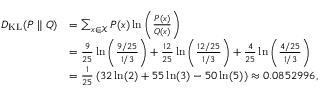
{ \begin{array} { r l } { D _ { \mathrm { K L } } ( P \parallel Q ) } & { = \sum _ { x \in { \mathcal { X } } } P ( x ) \ln \left( { \frac { P ( x ) } { Q ( x ) } } \right) } \\ & { = { \frac { 9 } { 2 5 } } \ln \left( { \frac { 9 / 2 5 } { 1 / 3 } } \right) + { \frac { 1 2 } { 2 5 } } \ln \left( { \frac { 1 2 / 2 5 } { 1 / 3 } } \right) + { \frac { 4 } { 2 5 } } \ln \left( { \frac { 4 / 2 5 } { 1 / 3 } } \right) } \\ & { = { \frac { 1 } { 2 5 } } \left( 3 2 \ln ( 2 ) + 5 5 \ln ( 3 ) - 5 0 \ln ( 5 ) \right) \approx 0 . 0 8 5 2 9 9 6 , } \end{array} }